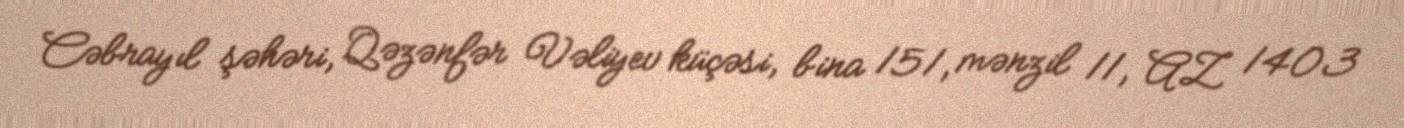
Cəbrayıl şəhəri, Qəzənfər Vəliyev küçəsi, bina 151, mənzil 11, AZ 1403